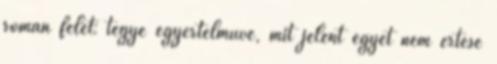
román felet: tegye egyértelművé, mit jelent egyet nem értése